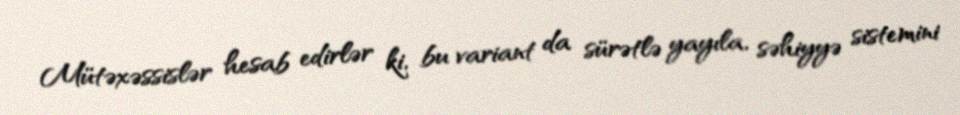
Mütəxəssislər hesab edirlər ki, bu variant da sürətlə yayıla, səhiyyə sistemini